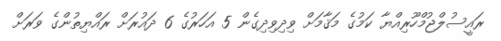
ރައީސުލްޖުމްހޫރިއްޔާ ކަމުގެ މަޤާމަށް ވިދިވިދިގެން 5 އަހަރުގެ 6 ދައުރަށް ރައްޔިތުންގެ ވަރަށް